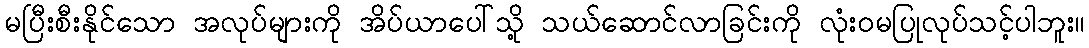
မပြီးစီးနိုင်သော အလုပ်များကို အိပ်ယာပေါ်သို့ သယ်ဆောင်လာခြင်းကို လုံးဝမပြုလုပ်သင့်ပါဘူး။